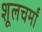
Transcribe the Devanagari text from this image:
शूलचर्मां